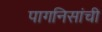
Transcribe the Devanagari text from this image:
पागनिसांची